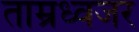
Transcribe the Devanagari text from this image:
ताम्रध्वजर